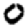
Digit: 0